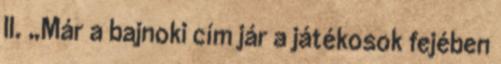
II. „Már a bajnoki cím jár a játékosok fejében